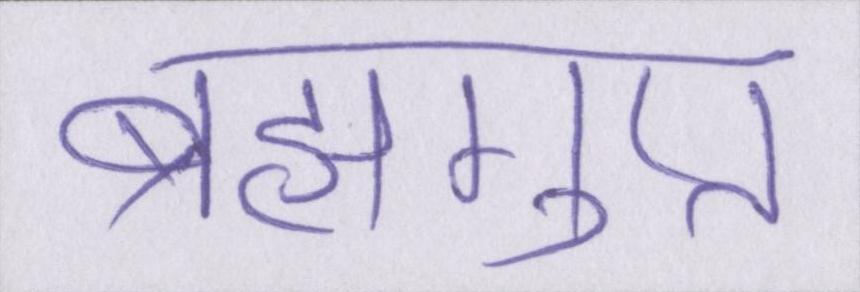
ब्रह्मगुप्त